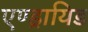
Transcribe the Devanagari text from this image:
एण्ड्रायिड